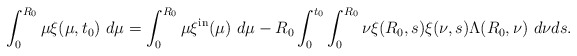
\begin{align*}\int_{0}^{R_{0}}\mu\xi(\mu,t_{0})\ d\mu=\int_{0}^{R_{0}}\mu\xi^{\mathrm{in}}(\mu)\ d\mu-R_{0}\int_{0}^{t_{0}}\int_{0}^{R_{0}}\nu\xi(R_{0},s)\xi(\nu,s)\Lambda(R_{0},\nu)\ d\nu ds.\end{align*}